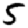
Digit: 5